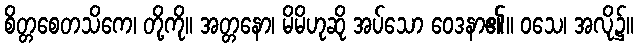
စိတ္တစေတသိကေ၊ တို့ကို။ အတ္တနော၊ မိမိဟုဆို အပ်သော ဝေဒနာ၏။ ဝသေ၊ အလို၌။